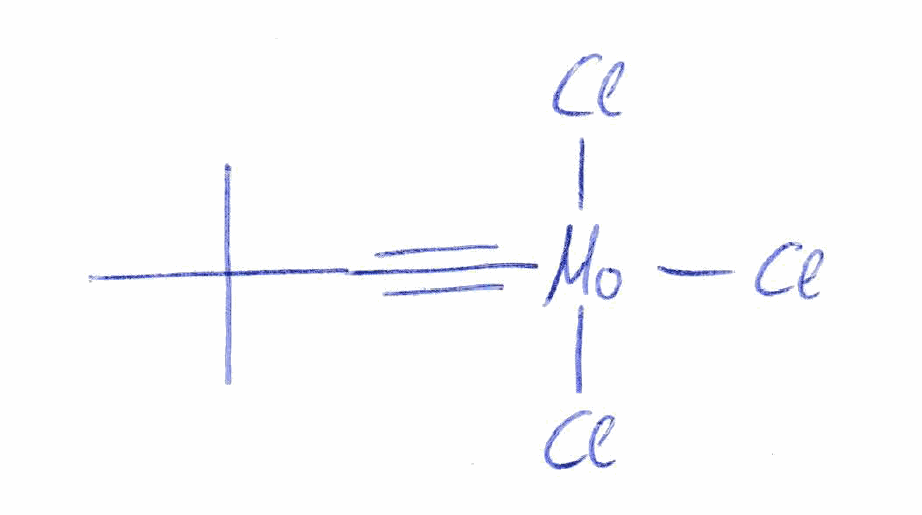
Simplified molecular-input line-entry system (SMILES) notation of the given molecule:
CC(C)(C)C#[Mo](Cl)(Cl)Cl